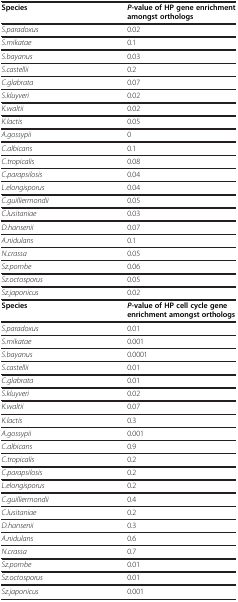
| Species | P-value of HP gene enrichment amongst orthologs |
 | --- | --- |
 | S.paradoxus | 0.02 |
 | S.mikatae | 0.1 |
 | S.bayanus | 0.03 |
 | S.castellii | 0.2 |
 | C.glabrata | 0.07 |
 | S.kluyveri | 0.02 |
 | K.waltii | 0.02 |
 | K.lactis | 0.05 |
 | A.gossypii | 0 |
 | C.albicans | 0.1 |
 | C.tropicalis | 0.08 |
 | C.parapsilosis | 0.04 |
 | L.elongisporus | 0.04 |
 | C.guilliermondii | 0.05 |
 | C.lusitaniae | 0.03 |
 | D.hansenii | 0.07 |
 | A.nidulans | 0.1 |
 | N.crassa | 0.05 |
 | Sz.pombe | 0.06 |
 | Sz.octosporus | 0.05 |
 | Sz.japonicus | 0.02 |
 | Species | P-value of HP cell cycle gene enrichment amongst orthologs |
 | S.paradoxus | 0.01 |
 | S.mikatae | 0.001 |
 | S.bayanus | 0.0001 |
 | S.castellii | 0.01 |
 | C.glabrata | 0.01 |
 | S.kluyveri | 0.02 |
 | K.waltii | 0.07 |
 | K.lactis | 0.3 |
 | A.gossypii | 0.001 |
 | C.albicans | 0.9 |
 | C.tropicalis | 0.2 |
 | C.parapsilosis | 0.2 |
 | L.elongisporus | 0.2 |
 | C.guilliermondii | 0.4 |
 | C.lusitaniae | 0.2 |
 | D.hansenii | 0.3 |
 | A.nidulans | 0.6 |
 | N.crassa | 0.7 |
 | Sz.pombe | 0.01 |
 | Sz.octosporus | 0.01 |
 | Sz.japonicus | 0.001 |